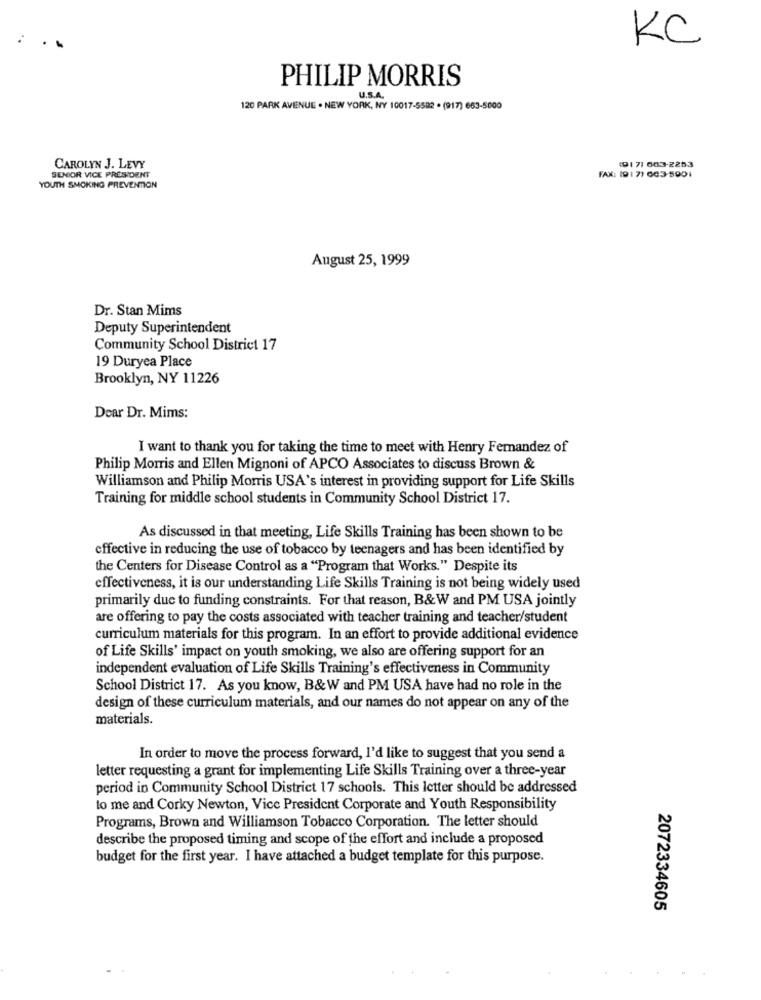
KC
PHILIP MORRIS
U.S.A.
120 PARK AVENUE . NEW YORK, NY 10017-5592 . (917) 663-5000
(9171 003-2253
CAROLYN J. LEVY
FAX: 19 1 7) 603-5901
SENIOR VICE PRESIDENT
YOUTH SMOKING PREVENTION
August 25, 1999
Dr. Stan Mims
Deputy Superintendent
Community School District 17
19 Duryea Place
Brooklyn, NY 11226
Dear Dr. Mims:
I want to thank you for taking the time to meet with Henry Fernandez of
Philip Morris and Ellen Mignoni of APCO Associates to discuss Brown &
Williamson and Philip Morris USA's interest in providing support for Life Skills
Training for middle school students in Community School District 17.
As discussed in that meeting, Life Skills Training has been shown to be
effective in reducing the use of tobacco by teenagers and has been identified by
the Centers for Disease Control as a "Program that Works." Despite its
effectiveness, it is our understanding Life Skills Training is not being widely used
primarily due to funding constraints. For that reason, B&W and PM USA jointly
are offering to pay the costs associated with teacher training and teacher/student
curriculum materials for this program. In an effort to provide additional evidence
of Life Skills' impact on youth smoking, we also are offering support for an
independent evaluation of Life Skills Training's effectiveness in Community
School District 17. As you know, B&W and PM USA have had no role in the
design of these curriculum materials, and our names do not appear on any of the
materials.
In order to move the process forward, I'd like to suggest that you send a
letter requesting a grant for implementing Life Skills Training over a three-year
period in Community School District 17 schools. This letter should be addressed
to me and Corky Newton, Vice President Corporate and Youth Responsibility
Programs, Brown and Williamson Tobacco Corporation. The letter should
describe the proposed timing and scope of the effort and include a proposed
budget for the first year. I have attached a budget template for this purpose.
2072334605